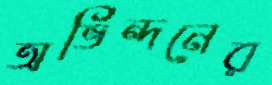
অভিন্দনের